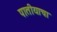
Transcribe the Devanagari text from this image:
पातीयाचा